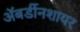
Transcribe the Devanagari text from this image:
अॅबर्डीनशायर